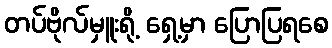
တပ်ဗိုလ်မှူးရို့ ရှေ့မှာ ပြောပြရစေ